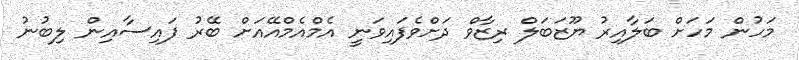
މަހުން މަހަށް ބަލާއިރު ޔޫޒަބަލް ރިޒާވް ދަށްވެފައިވަނީ އެމްއެމްއޭއަށް ބޭރު ފައިސާއިން ލިބުނު